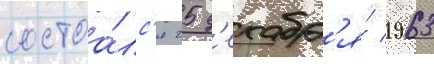
состоа́лс'я 25 д'екабр'я́ 1963